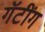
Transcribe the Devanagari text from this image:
गॅटींग